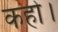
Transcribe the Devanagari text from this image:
कहो।